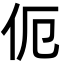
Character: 伌